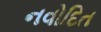
નવોદિત